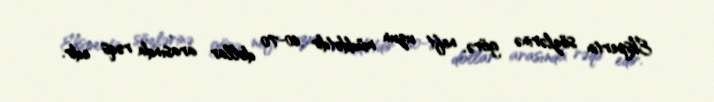
Ekspertin sözlərinə görə, neft uzun müddətdir 60-70 dollar arasında rəqs edir.